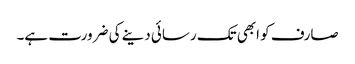
صارف کو ابھی تک رسائی دینے کی ضرورت ہے۔